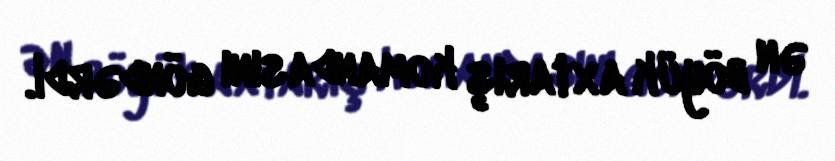
ən böyük axtarış komandasını göndərdi.